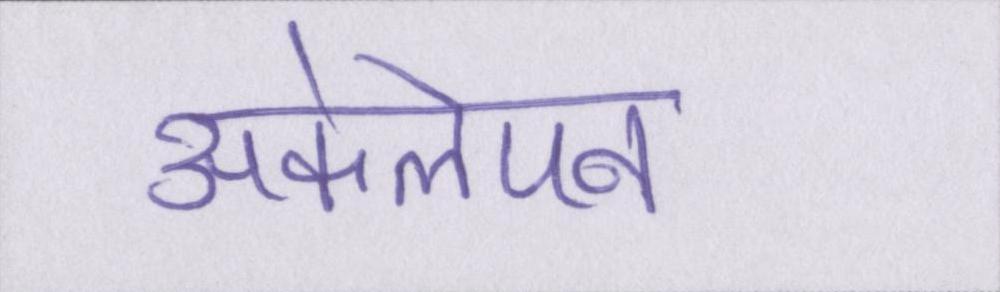
अकेलेपन